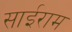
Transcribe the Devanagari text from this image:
साईराम